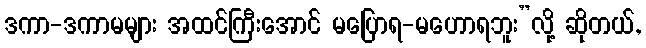
ဒကာ-ဒကာမများ အထင်ကြီးအောင် မပြောရ-မဟောရဘူး”လို့ ဆိုတယ်,